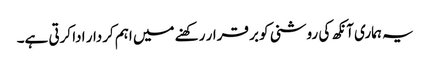
یہ ہماری آنکھ کی روشنی کو بر قرار رکھنے میں اہم کردار ادا کرتی ہے۔